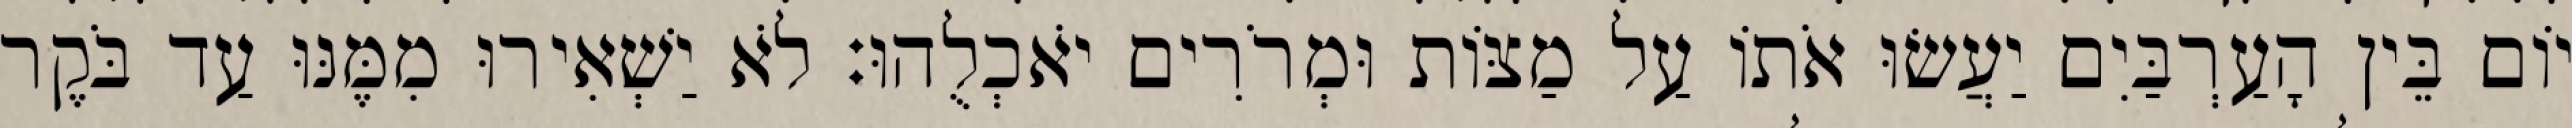
יוֹם בֵּין הָעַרְבַּיִם יַעֲשׂוּ אֹתוֹ עַל מַצּוֹת וּמְרֹרִים יֹאכְלֻהוּ׃ לֹא יַשְׁאִירוּ מִמֶּנּוּ עַד בֹּקֶר